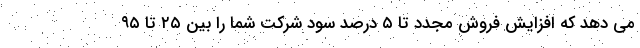
می دهد که افزایش فروش مجدد تا ۵ درصد سود شرکت شما را بین ۲۵ تا ۹۵